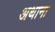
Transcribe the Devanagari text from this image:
अथाना